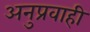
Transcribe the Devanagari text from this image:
अनुप्रवाही